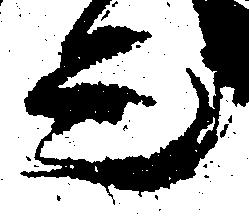
言